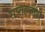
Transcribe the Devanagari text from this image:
सप्तहजारी